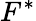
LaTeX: F^{*}